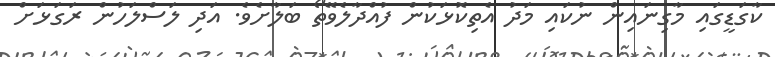
ކާގަޑީގައި މާގިނައިން ނުކައި މަދު އެތިކޮޅަކުން ފުއްދާލެވޭތޯ ބަލާށެވެ. އަދި ލަސްލަހުން ރަގަޅަށް